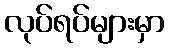
လုပ်ရပ်များမှာ